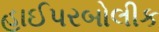
હાઈપરબોલીક